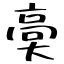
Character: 䯨